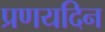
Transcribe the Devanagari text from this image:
प्रणयदिन